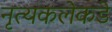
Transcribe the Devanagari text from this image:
नृत्यकलेकडे